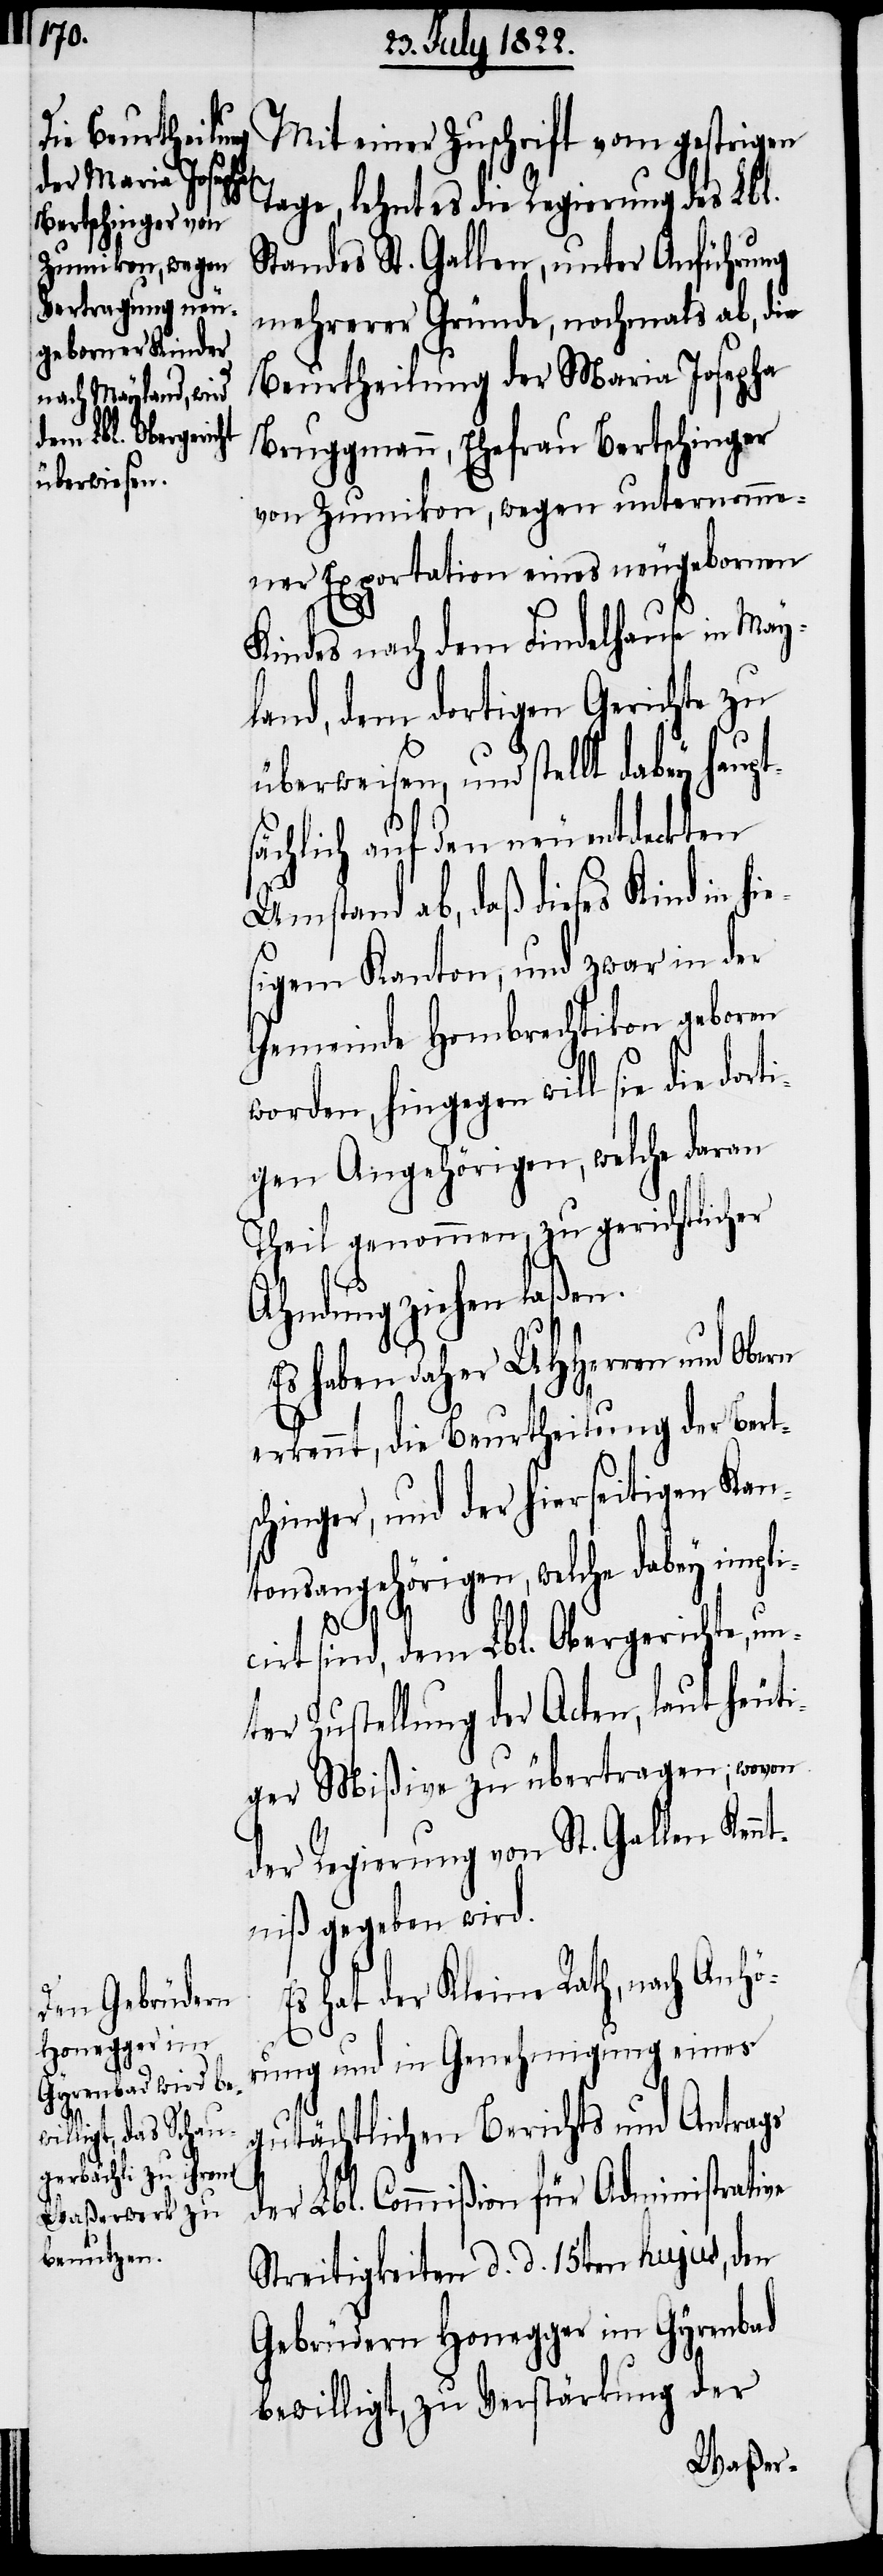
dorti¬

Mit einer Zuschrift vom gestrigen
Tage, lehnt es die Regierung des Lbl.
Standes St. Gallen, unter Anführung
mehrerer Gründe, nochmals ab, die
Beurtheilung der Maria Josepha
Bruggmann, Ehefrau Bertschinger
von Zumikon, wegen unternomme¬
ner Exportation eines neugebornen
Kindes nach dem Findelhause in May¬
land, dem dortigen Gerichte zu
überweisen, und stellt dabey haup¬
ächlich auf den neuentdeckten
Umstand ab, daß dieses Kind in h¬
sigem Kanton, und zwar in der
Gemeinde Hombrechtikon geboren
worden, hingegen will sie die
gen Angehörigen, welche daran
Theil genommen, zu gerichtlicher
Ahndung ziehen laßen.
Es haben daher UHHerrn und Obern
erkennt, die Beurtheilung der Bert¬
schinger, und der hierseitigen Kan¬
tonsangehörigen, welche dabey implic¬
n¬
irt sind, dem Lbl. Obergerichte, u¬
ter Zustellung der Acten, laut heuti¬
ger Mißive zu übertragen; wovon
der Regierung von St. Gallen Kennt¬
niß gegeben wird.
Es hat der Kleine Rath, nach Anhö¬
rung und in Genehmigung eines
gutächtlichen Berichts und Antrags
der Lbl. Commißion für Administrative
Streitigkeiten d. d. 15ten hujus, den
Gebrüdern Honegger im Gyrenbad
bewilligt, zu Verstärkung der